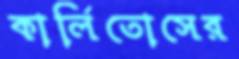
কার্লিতোসের